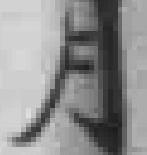
月